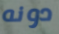
دونه